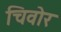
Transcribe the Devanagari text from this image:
चिवोर